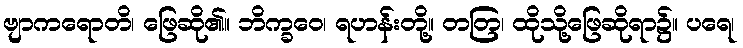
ဗျာကရောတိ၊ ဖြေဆို၏။ ဘိက္ခဝေ၊ ရဟန်းတို့။ တတြ၊ ထိုသို့ဖြေဆိုရာ၌။ ပရေ၊